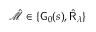
\hat { \mathcal { M } } \in \{ { \sf G } _ { 0 } ( s ) , \hat { \sf R } _ { \lambda } \}